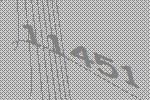
11451